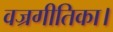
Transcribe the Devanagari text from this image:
वज्रगीतिका।